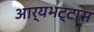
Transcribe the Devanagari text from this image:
आर्यभट्टास